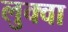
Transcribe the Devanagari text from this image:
लुक्वा